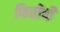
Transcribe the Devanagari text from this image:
फितीची